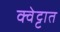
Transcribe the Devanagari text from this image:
क्वेट्टात